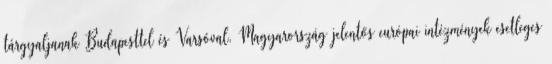
tárgyaljanak Budapesttel és Varsóval. Magyarország jelentős európai intézmények esetleges